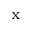
\mathrm { _ x }